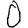
Digit: 0